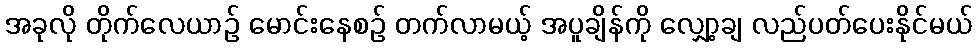
အခုလို တိုက်လေယာဉ် မောင်းနေစဉ် တက်လာမယ့် အပူချိန်ကို လျှော့ချ လည်ပတ်ပေးနိုင်မယ်